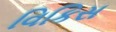
વિકિસ